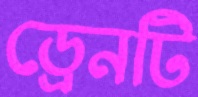
ড্রেনটি